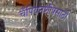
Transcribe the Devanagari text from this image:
चँपियनशीपसाठी